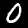
Label: 0